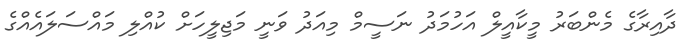
ދާއިރާގެ މެންބަރު މީކާއީލް އަހުމަދު ނަސީމް މިއަދު ވަނީ މަޖިލީހަށް ކުއްލި މައްސަލައެއްގެ